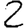
Digit: 2